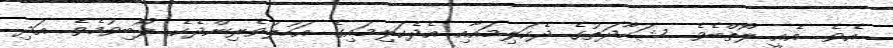
އެވެ. އެއީ ލޯތްބެވެ. ޝަހާދަތުގެ ދެކަލިމައާއި އެދެކަލިމައިގެ އަހުލުވެރިންދެކެ ލޯބިވުމެވެ. އަދި